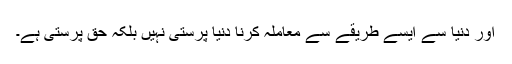
اور دنیا سے ایسے طریقے سے معاملہ کرنا دنیا پرستی نہیں بلکہ حق پرستی ہے۔